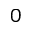
_ 0